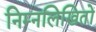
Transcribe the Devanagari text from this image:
निम्नलिखितों